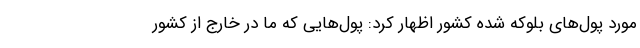
مورد پول‌های بلوکه شده کشور اظهار کرد: پول‌هایی که ما در خارج از کشور